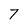
Character: 7